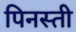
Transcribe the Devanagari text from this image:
पिनस्ती